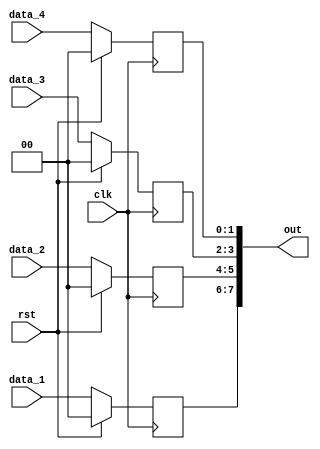
module proc_sink_arrayed_sig(
	input        clk,
	input        rst,
	input  [1:0] data_1,
	input  [1:0] data_2,
	input  [1:0] data_3,
	input  [1:0] data_4,
	output [7:0] out
);	
	
	reg [1:0] mem [0:3];

	always @(posedge clk) begin
		if (rst) begin
			mem[0] <= 2'b00;
			mem[1] <= 2'b00;
			mem[2] <= 2'b00;
			mem[3] <= 2'b00;
		end
		else begin
			mem[0] <= data_1;
			mem[1] <= data_2;
			mem[2] <= data_3;
			mem[3] <= data_4;
		end
	end

	assign out = {mem[0], mem[1], mem[2], mem[3]};

endmodule